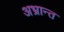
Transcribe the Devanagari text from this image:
अभ्रान्त